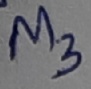
Text: M3